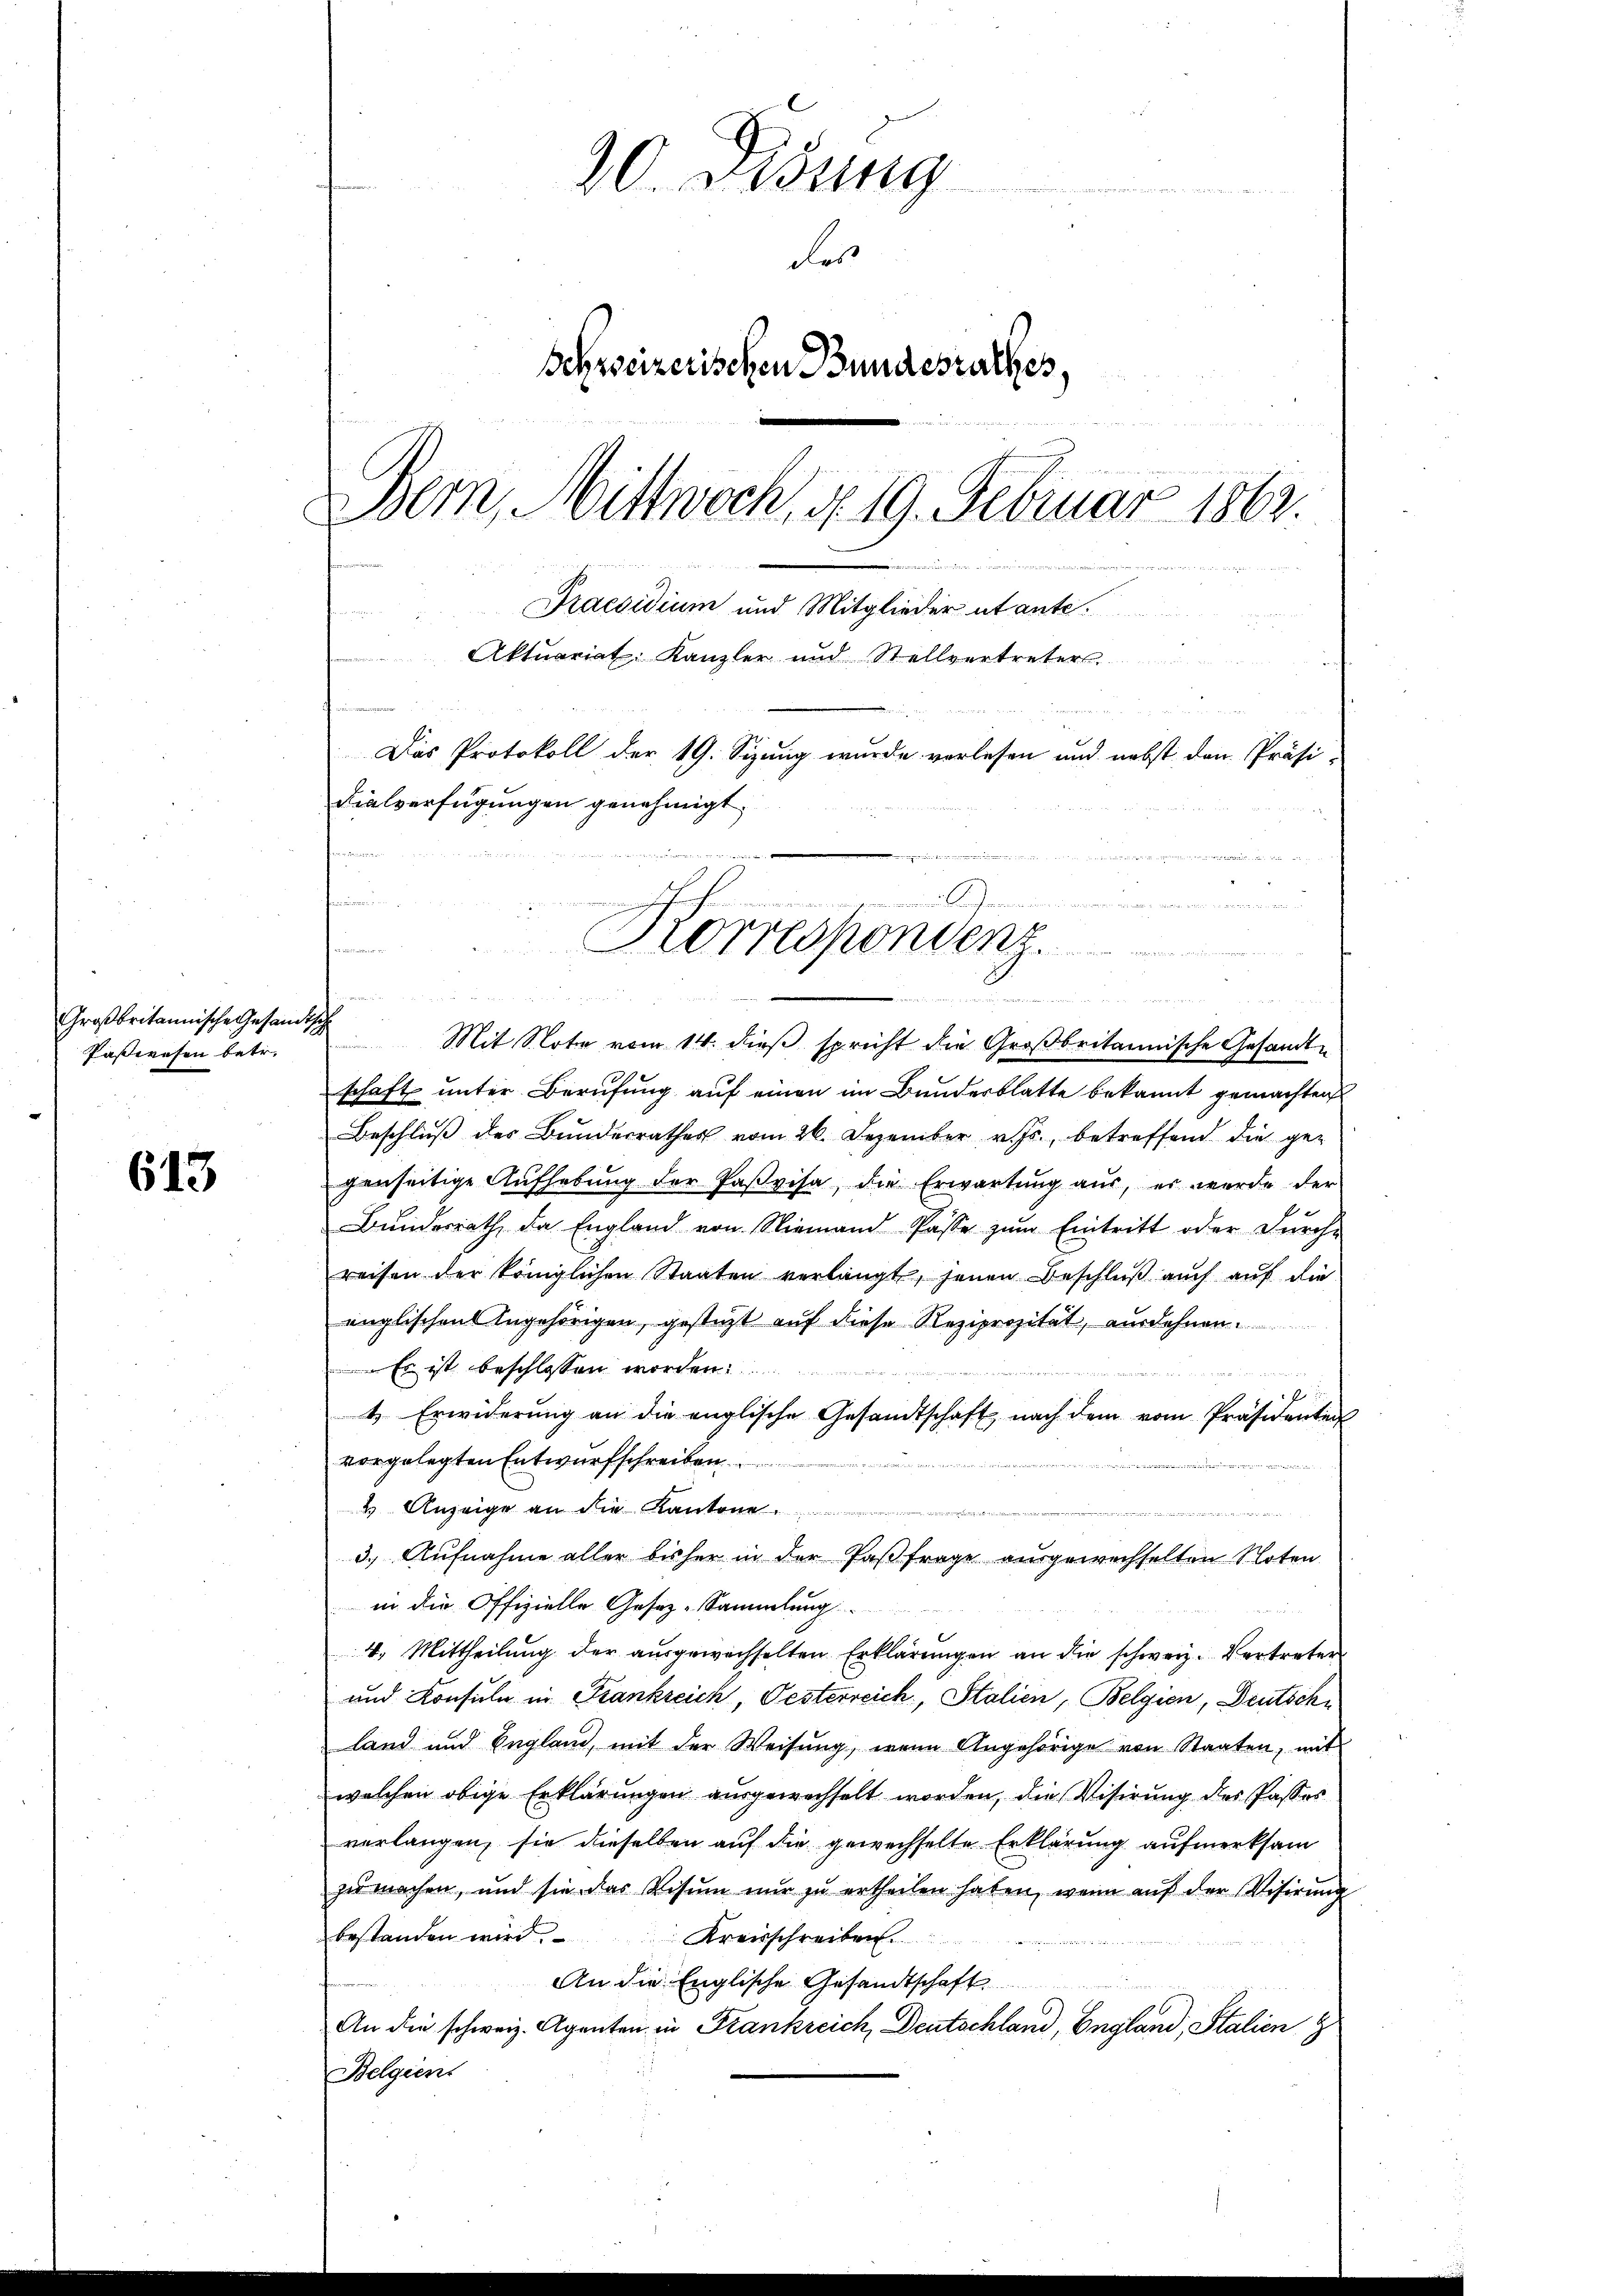
Großbritannische Gesandtsch
Paßwesen betr.

613

20. Didung

Les
Schweizerischen Bundesrathes,
Bern, Mittwoch, § 19. Februar 1863.
Praesidium und Mitglieder utante.
Aktuariat Kanzler und Stellvertreters
Das Protokoll der 19. Sizung wurde verlesen und nebst den Präsi-
dialverfügungen genehmigt.

Mit Note vom 14. dieß spricht die Großbritannische Gesandte
schaft unter Berufung auf einen im Bundesblatte bekannt gemachten
Beschluß der Bunderrathes vom 26. Dezember v. Js., betreffend die ge-
genseitige Aufhebung der Paßvisa, die Erwartung aŭs, er werde der
Bundesrath, da England von Niemand Pässe zŭm Eintritt oder Durche
reisen der königlichen Staaten verlangt, jenen Beschluß auch auf die
englischen Angehörigen, gestützt auf diese Reziprozität, ausdehnen
Er ist beschlossen worden.

f
t Erwiderŭng an die englische Gesandtschaft nach dem vom Präsidenten
vorgelegten Entwurfschreiben
4 Anzeige an die Kanton
s
3.) Aufnahme aller bisher in der Paß frage ausgewechselten Noten
in die Offizielle Gesez-Sammlung
4. Mittheilŭng der aŭsgewechselten Erklärŭngen an die schweiz. Vertreter
und Konsuln in Frankreich, Oesterreich, Stalien, Belgien, Deutsche
land und England, mit der Weisung, wenn Angehörige von Staaten, mit
welchen obige Erklärungen ausgewechselt worden, die Visirung des Passes
verlangen, sie dieselben auf die gewechselte Erklärung aufmerksam
zŭ machen, und sie das Visŭm nŭr zŭ ertheilen haben, wenn aŭf der Visirung
bestanden wird. Kreisschreiben
An die Englische Gesandtschaft
An die schweiz. Agenten in Frankreich, Deutschland, England, Stalien g
Belgier

num

Korrespondenz.

2
 625 f 24 n 1.                                                   2